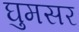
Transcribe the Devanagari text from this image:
घुमसर